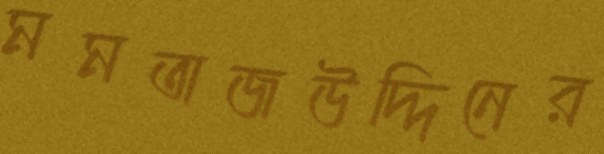
মমতাজউদ্দিনের